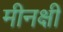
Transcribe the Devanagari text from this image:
मीनक्षी